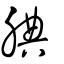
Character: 腆